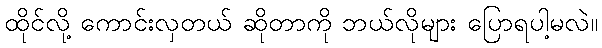
ထိုင်လို့ ကောင်းလှတယ် ဆိုတာကို ဘယ်လိုများ ပြောရပါ့မလဲ။